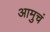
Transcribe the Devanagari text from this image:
आमुचं